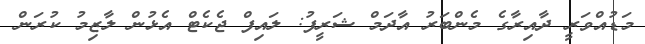
މަޑުއްވަރީ ދާއިރާގެ މެންބަރު އާާދަމް ޝަރީފު: ލައިފް ޖެކެޓް އެޅުން ލާޒިމު ކުރަން